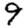
Digit: 9